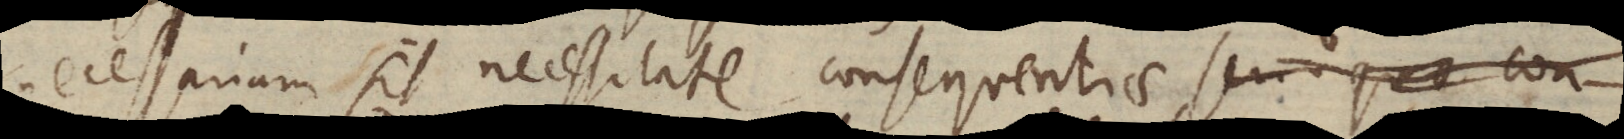
necessarium sit necessitate consequentiae,